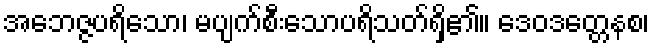
အဘေဇ္ဇပရိသော၊ မပျက်စီးသောပရိသတ်ရှိ၏။ ဒေဝဒတ္တေနစ၊